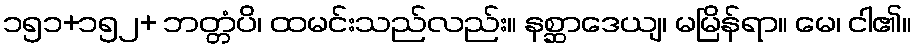
၁၅၁+၁၅၂+ ဘတ္တံပိ၊ ထမင်းသည်လည်း။ နစ္ဆာဒေယျ၊ မမြိန်ရာ။ မေ၊ ငါ၏။